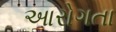
આરોગતા